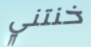
خنتني